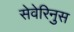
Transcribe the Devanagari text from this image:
सेवेरिनुस